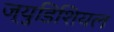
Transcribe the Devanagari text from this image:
ज्युडिशियल